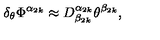
\delta _ { \theta } \Phi ^ { \alpha _ { 2 k } } \approx D _ { \beta _ { 2 k } } ^ { \alpha _ { 2 k } } \theta ^ { \beta _ { 2 k } } ,